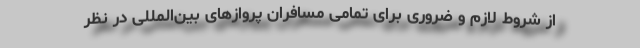
از شروط لازم و ضروری برای تمامی مسافران پروازهای بین‌المللی در نظر